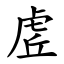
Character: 虗